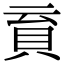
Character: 𧴳